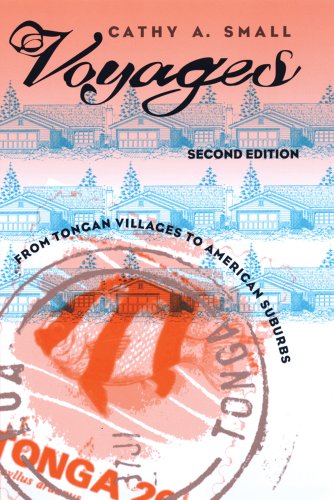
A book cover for Voyages: From Tongan Villages to American Suburbs; Cathy A. Small; History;